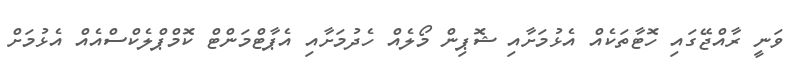
ވަނީ ރާއްޖޭގައި ހޮޓާތަކެއް އެޅުމަށާއި ޝޮޕިން މޯލެއް ހެދުމަށާއި އެޕާޓްމަންޓް ކޮމްޕްލެކްސްއެއް އެޅުމަށް